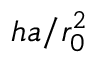
h a / r _ { 0 } ^ { 2 }